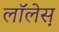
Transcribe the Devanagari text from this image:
लाॅलेस़